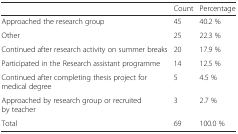
<table><thead><tr><td></td><td><b>Count</b></td><td><b>Percentage</b></td></tr></thead><tbody><tr><td>Approached the research group</td><td>45</td><td>40.2 %</td></tr><tr><td>Other</td><td>25</td><td>22.3 %</td></tr><tr><td>Continued after research activity on summer breaks</td><td>20</td><td>17.9 %</td></tr><tr><td>Participated in the Research assistant programme</td><td>14</td><td>12.5 %</td></tr><tr><td>Continued after completing thesis project for medical degree</td><td>5</td><td>4.5 %</td></tr><tr><td>Approached by research group or recruited by teacher</td><td>3</td><td>2.7 %</td></tr><tr><td>Total</td><td>69</td><td>100.0 %</td></tr></tbody></table>